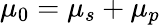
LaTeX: \mu_{0}=\mu_{s}+\mu_{p}